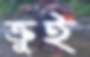
ক্রুই